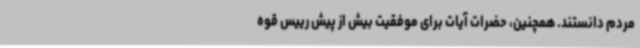
مردم دانستند. همچنین، حضرات آیات برای موفقیت بیش از پیش رییس قوه